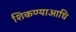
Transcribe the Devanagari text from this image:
शिकण्याआधि